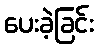
ပေးခဲ့ခြင်း